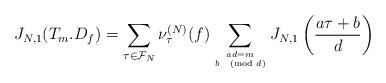
LaTeX: \begin{align*}J_{N,1}(T_m . D_f) = \sum_{\tau\in \mathcal{F}_N} \nu_{\tau}^{(N)}(f) \sum_{ad=m \atop b \pmod{d}} J_{N,1}\left(\frac{a\tau+b}{d}\right)\end{align*}